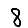
Digit: 8